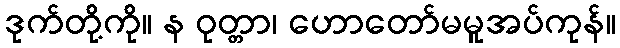
ဒုက်တို့ကို။ န ဝုတ္တာ၊ ဟောတော်မမူအပ်ကုန်။